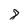
Character: 8